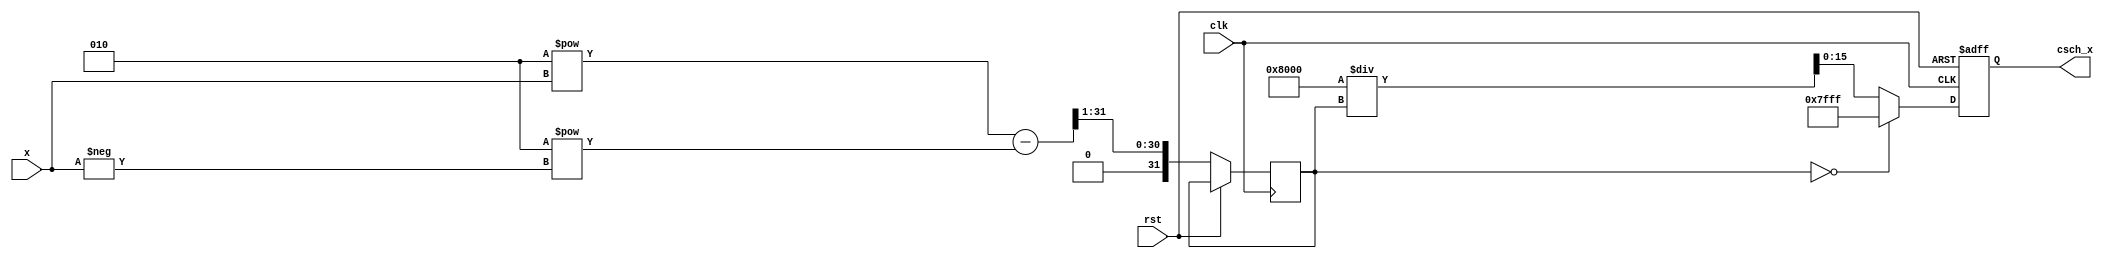
module csch(
    input wire signed [15:0] x,       // Input: Fixed-point representation
    output reg signed [15:0] csch_x,   // Output: csch value in fixed-point
    input wire clk,
    input wire rst
);

    // Internal signals
    reg signed [31:0] sinh_x;          // Intermediate result for sinh(x)
    reg signed [15:0] sinh_x_rec;      // Reciprocal of sinh(x)
    
    // Function to compute sinh(x) using the formula: sinh(x) = (e^x - e^(-x)) / 2
    function signed [31:0] compute_sinh;
        input signed [15:0] input_x;
        begin
            // Approximate e^x and e^(-x) using a simple Taylor series or lookup
            // Here we use a naive approach (can be improved with polynomial approximation)
            compute_sinh = (2 ** input_x - 2 ** (-input_x)) >> 1; // Division by 2
        end
    endfunction

    // Function to compute reciprocal
    function signed [15:0] compute_reciprocal;
        input signed [31:0] input_value;
        begin
            if(input_value == 0) begin
                compute_reciprocal = 16'h7FFF; // Representing infinity or large constant
            end else begin
                compute_reciprocal = (16'h8000 / input_value); // 1 / input_value in fixed-point
            end
        end
    endfunction

    // Sequential logic to compute csch
    always @(posedge clk or posedge rst) begin
        if (rst) begin
            csch_x <= 16'h0000; // Reset output
        end else begin
            // Compute sinh(x)
            sinh_x <= compute_sinh(x);
            // Compute csch(x) = 1/sinh(x)
            csch_x <= compute_reciprocal(sinh_x);
        end
    end

endmodule